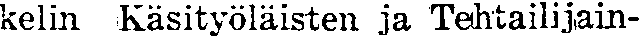
kelin Käsityöläisten ja Tehtailijain-